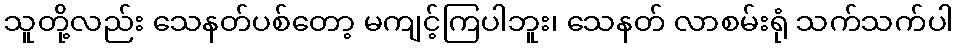
သူတို့လည်း သေနတ်ပစ်တော့ မကျင့်ကြပါဘူး၊ သေနတ် လာစမ်းရုံ သက်သက်ပါ